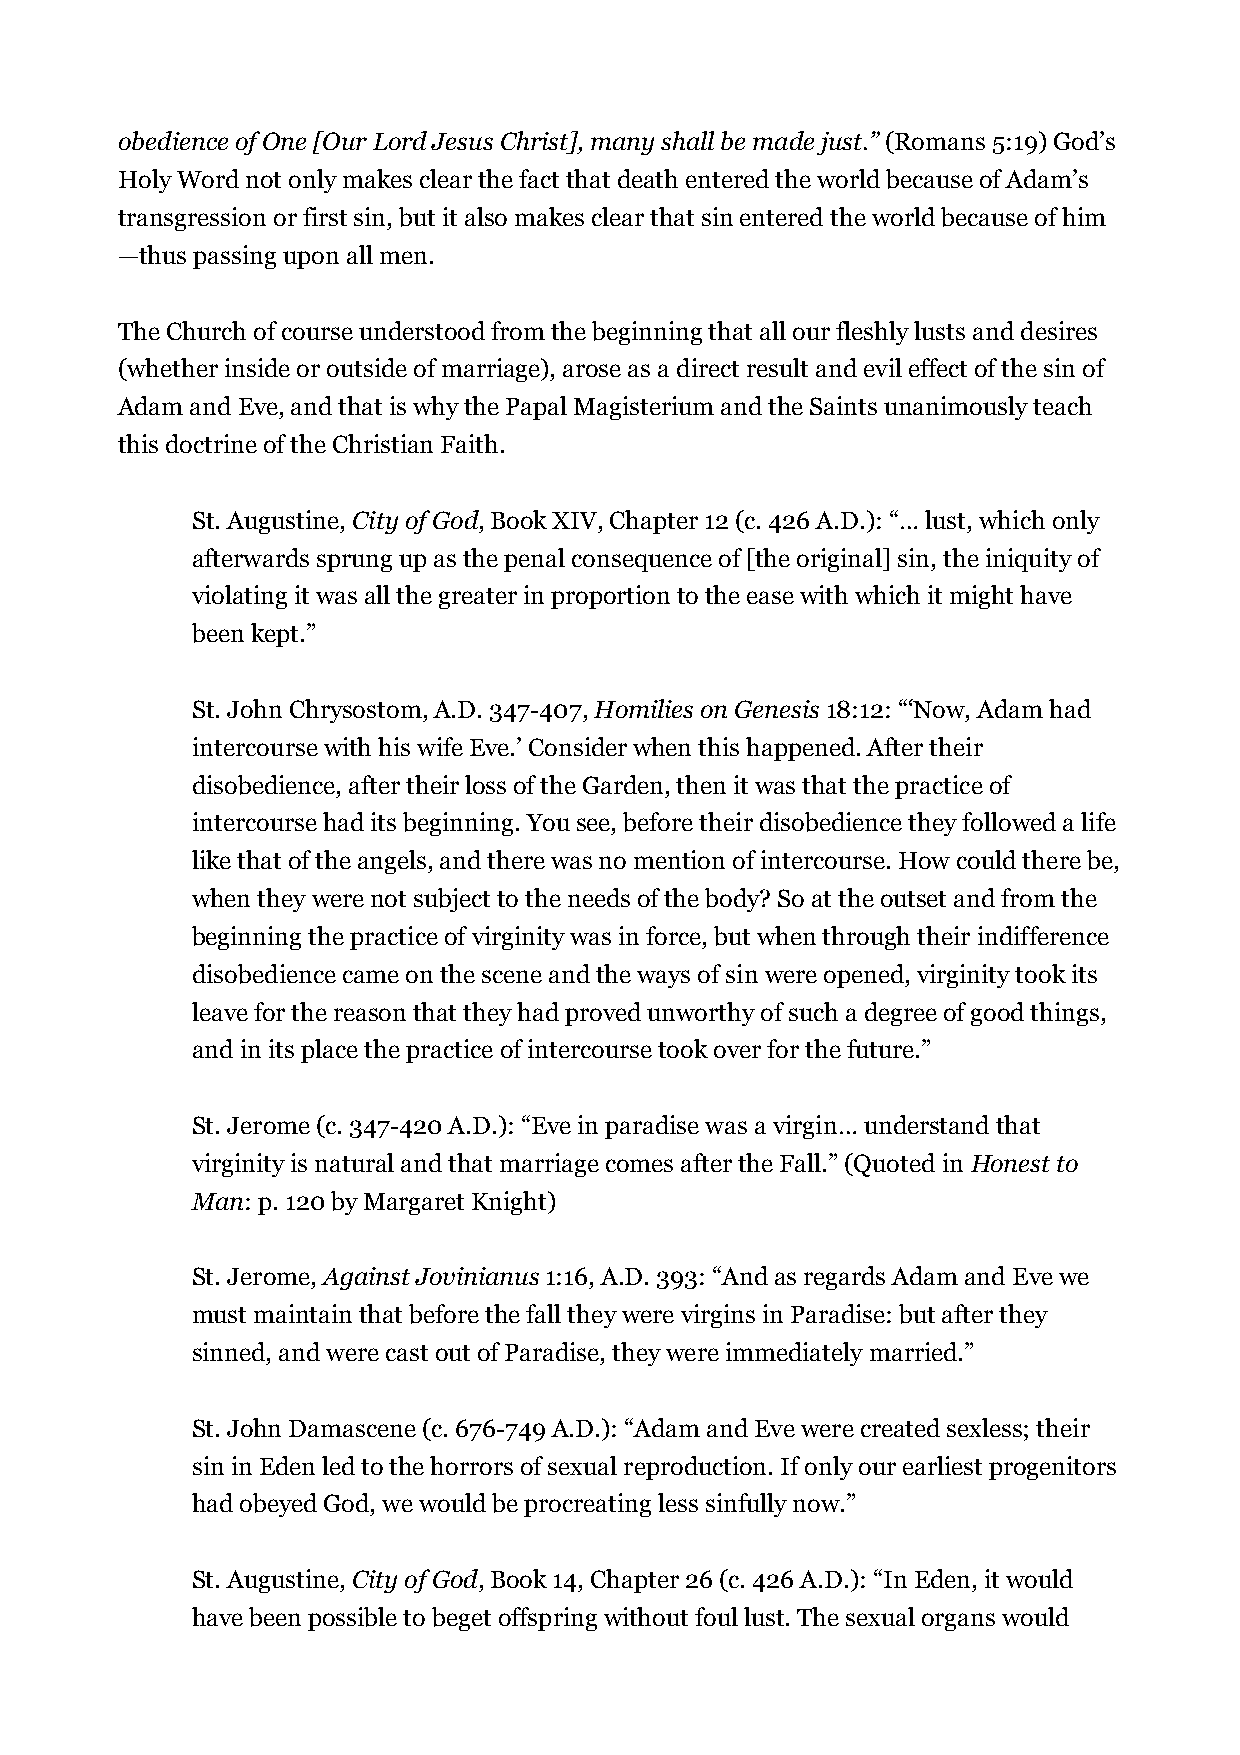
obedience of One [Our Lord Jesus Christ], many shall be made just.” (Romans 5:19) God’s
 Holy Word not only makes clear the fact that death entered the world because of Adam’s
 transgression or first sin, but it also makes clear that sin entered the world because of him
 —thus passing upon all men.
 The Church of course understood from the beginning that all our fleshly lusts and desires
 (whether inside or outside of marriage), arose as a direct result and evil effect of the sin of
 Adam and Eve, and that is why the Papal Magisterium and the Saints unanimously teach
 this doctrine of the Christian Faith.
 St. Augustine, City of God, Book XIV, Chapter 12 (c. 426 A.D.): “… lust, which only
 afterwards sprung up as the penal consequence of [the original] sin, the iniquity of
 violating it was all the greater in proportion to the ease with which it might have
 been kept.”
 St. John Chrysostom, A.D. 347-407, Homilies on Genesis 18:12: “‘Now, Adam had
 intercourse with his wife Eve.’ Consider when this happened. After their
 disobedience, after their loss of the Garden, then it was that the practice of
 intercourse had its beginning. You see, before their disobedience they followed a life
 like that of the angels, and there was no mention of intercourse. How could there be,
 when they were not subject to the needs of the body? So at the outset and from the
 beginning the practice of virginity was in force, but when through their indifference
 disobedience came on the scene and the ways of sin were opened, virginity took its
 leave for the reason that they had proved unworthy of such a degree of good things,
 and in its place the practice of intercourse took over for the future.”
 St. Jerome (c. 347-420 A.D.): “Eve in paradise was a virgin… understand that
 virginity is natural and that marriage comes after the Fall.” (Quoted in Honest to
 Man: p. 120 by Margaret Knight)
 St. Jerome, Against Jovinianus 1:16, A.D. 393: “And as regards Adam and Eve we
 must maintain that before the fall they were virgins in Paradise: but after they
 sinned, and were cast out of Paradise, they were immediately married.”
 St. John Damascene (c. 676-749 A.D.): “Adam and Eve were created sexless; their
 sin in Eden led to the horrors of sexual reproduction. If only our earliest progenitors
 had obeyed God, we would be procreating less sinfully now.”
 St. Augustine, City of God, Book 14, Chapter 26 (c. 426 A.D.): “In Eden, it would
 have been possible to beget offspring without foul lust. The sexual organs would